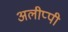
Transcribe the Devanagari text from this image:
अलीप्पी